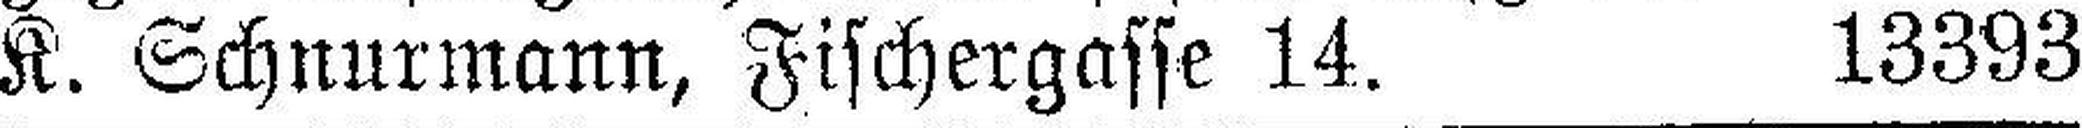
K. Schnurmann, Fischergasse 14. 13393